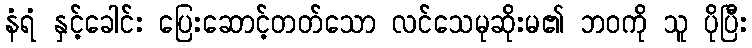
နံရံ နှင့်ခေါင်း ပြေးဆောင့်တတ်သော လင်သေမုဆိုးမ၏ ဘဝကို သူ ပိုပြီး